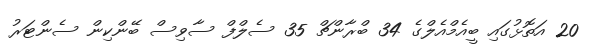
20 އަތޮޅުގައި ބީއެމްއެލްގެ 34 ބްރާންޗް 35 ސެލްފް ސާވިސް ބޭންކިން ސެންޓަރު